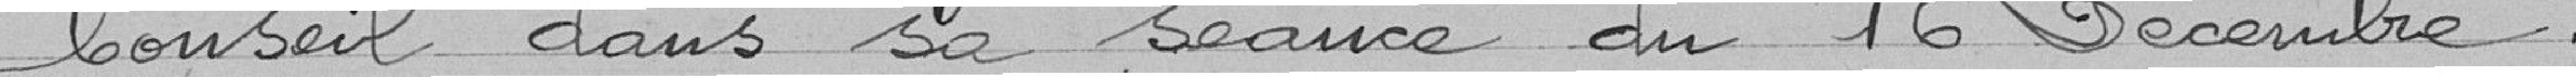
Conseil dans sa séance du 16 Décembre